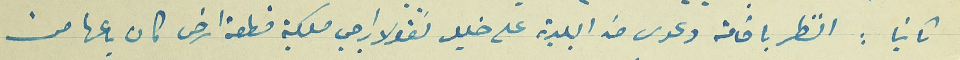
ثانيا : النظر باقامة دعوى ضد البلدية على خليل نقولا راجي ملكية قطعة ارض كان باعها من